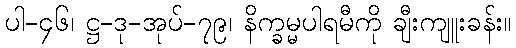
ပါ-၄၆၊ ဋ္ဌ-ဒု-အုပ်-၇၉၊ နိက္ခမ္မပါရမီကို ချီးကျူးခန်း။